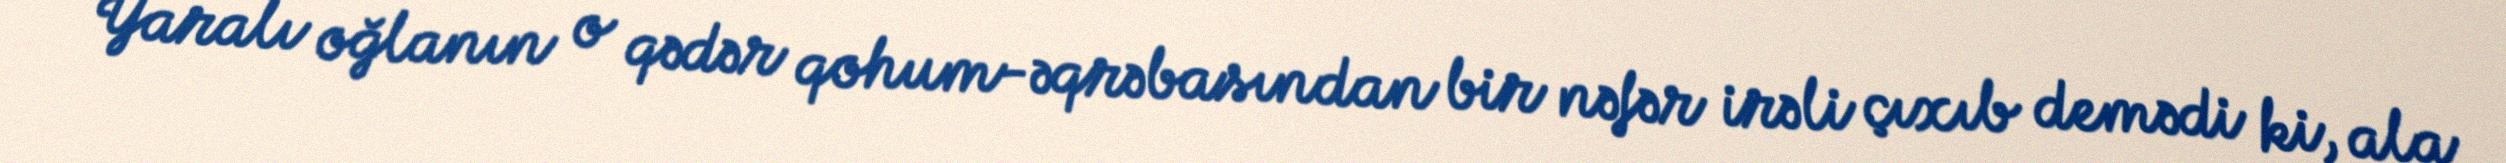
Yaralı oğlanın o qədər qohum-əqrəbasından bir nəfər irəli çıxıb demədi ki, ala